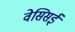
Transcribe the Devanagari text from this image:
वेसिसई